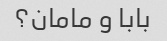
بابا و مامان؟